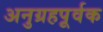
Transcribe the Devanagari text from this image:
अनुग्रहपूर्वक